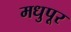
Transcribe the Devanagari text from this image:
मधुपूर